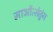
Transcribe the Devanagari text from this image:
माऔत्सेतुंग